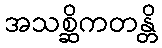
အသစ္ဆိကတန္တိ